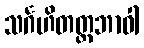
သင်္ဂဟိတတ္တဘာဝါ